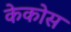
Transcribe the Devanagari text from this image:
केकोस